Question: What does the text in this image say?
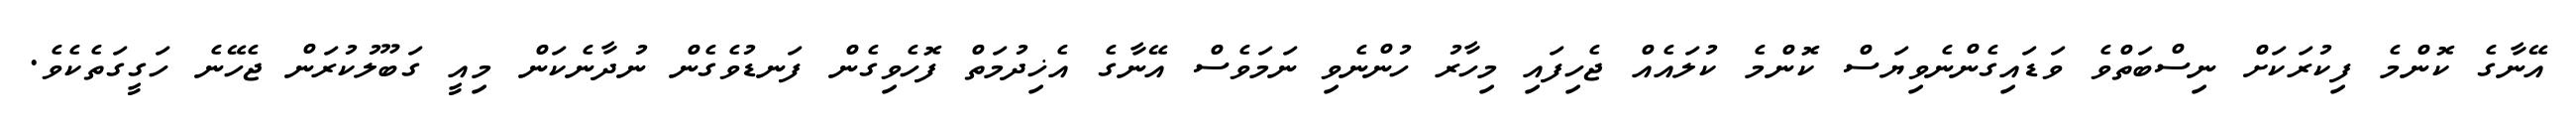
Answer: އޭނާގެ ކޮންމެ ފިކުރަކަށް ނިސްބަތްވެ ވަޑައިގެންނެވިޔަސް ކޮންމެ ކުލައެއް ޖެހިފައި މިހާރު ހުންނެވި ނަމަވެސް އޭނާގެ އެޚިދުމަތް ފޮހެވިގެން ފަނޑުވެގެން ނުދާނެކަން މިއީ ގަބޫލުކުރަން ޖެހޭނެ ހަގީގަތެކެވެ.